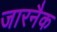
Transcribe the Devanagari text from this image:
जारनैक